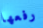
رفعها